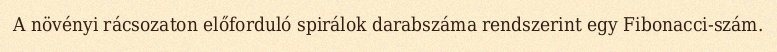
A növényi rácsozaton előforduló spirálok darabszáma rendszerint egy Fibonacci-szám.